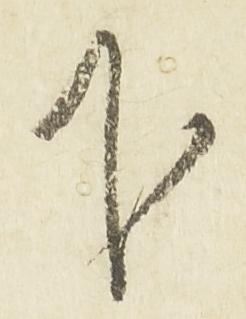
下